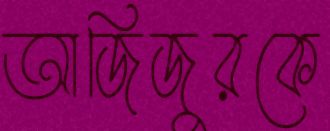
আজিজুরকে